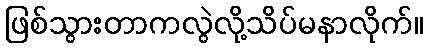
ဖြစ်သွားတာကလွဲလို့သိပ်မနာလိုက်။